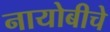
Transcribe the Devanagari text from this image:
नायोबीचे